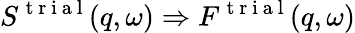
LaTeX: S^{\mathrm{~t~r~i~a~l~}}(q,\omega)\Rightarrow F^{\mathrm{~t~r~i~a~l~}}(q,\omega)